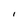
Character: I